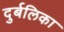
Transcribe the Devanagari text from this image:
दुर्बलिका